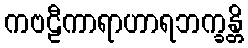
ကဗဠီကာရာဟာရဘက္ခန္တိ